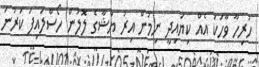
ހުރިހާ ވާހަކަ އެއް ކިޔައިދީ ނިމުން އިރު ޔާޝާގެ ލޮލުން ހޯސްލައިފަ ކަރުނަ